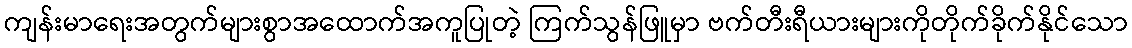
ကျန်းမာရေးအတွက်များစွာအထောက်အကူပြုတဲ့ ကြက်သွန်ဖြူမှာ ဗက်တီးရီယားများကိုတိုက်ခိုက်နိုင်သော